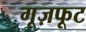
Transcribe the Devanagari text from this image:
गूज़फूट